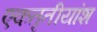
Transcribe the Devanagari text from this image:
एकतृतीयांश